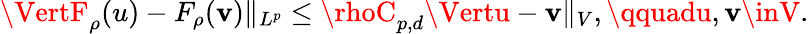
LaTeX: \VertF_{\rho}(u)-F_{\rho}(\mathbf{v})\Vert_{L^{p}}\leq\rhoC_{p,d}\Vertu-\mathbf{v}\Vert_{V},\qquadu,\mathbf{v}\inV.